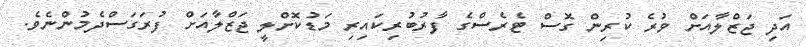
އަދި ޖަޒްލާއަށް ވުރެ ކުރިން ގޮސް ޓެރެސްގެ ފާރުބުރިކައިރި މަޑުކޮށްލީ ޖަޒްލާއަށް ފުރަގަސްދެމުންނެވެ.